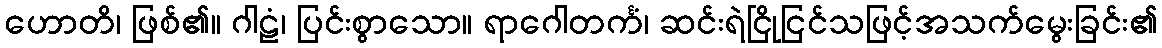
ဟောတိ၊ ဖြစ်၏။ ဂါဠံ၊ ပြင်းစွာသော။ ရာဂေါတင်္ကံ၊ ဆင်းရဲငြိုငြင်သဖြင့်အသက်မွေးခြင်း၏